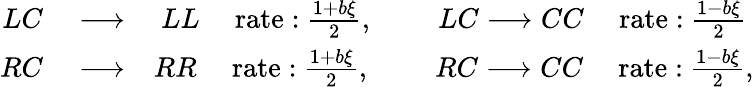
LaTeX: \begin{array}{rlr}{LC}&{{}\longrightarrow}&{LL\quad\mathrm{\ rate:}\ \frac{1+b\xi}{2},\qquad\ LC\longrightarrow CC\quad\mathrm{\ rate:}\ \frac{1-b\xi}{2}\ }\\ {RC}&{{}\longrightarrow}&{RR\quad\mathrm{\ rate:}\ \frac{1+b\xi}{2},\qquad\ RC\longrightarrow CC\quad\mathrm{\ rate:}\ \frac{1-b\xi}{2},}\end{array}